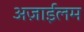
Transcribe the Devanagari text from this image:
अज़ाईलम